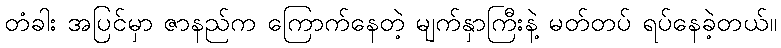
တံခါး အပြင်မှာ ဇာနည်က ကြောက်နေတဲ့ မျက်နှာကြီးနဲ့ မတ်တပ် ရပ်နေခဲ့တယ်။